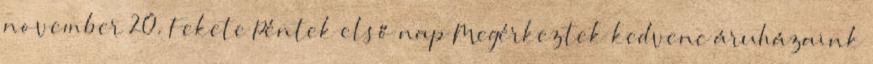
november 20. Fekete Péntek első nap Megérkeztek kedvenc áruházaink